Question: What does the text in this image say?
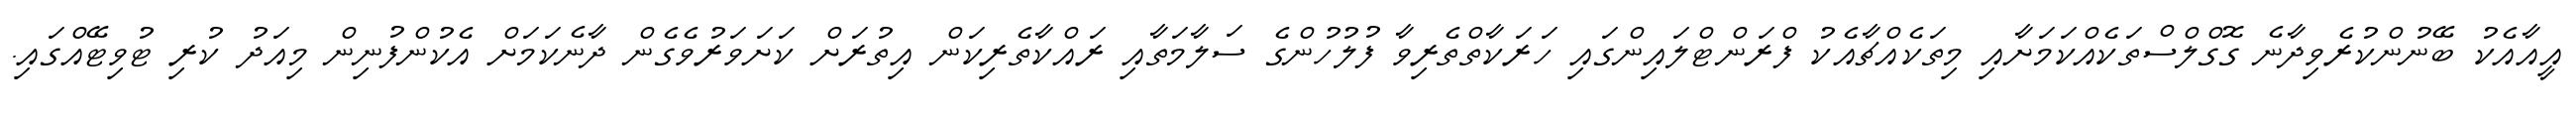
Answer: އީއާއެކު ބޭނުންކުރެވިދާނެ ގޮގްލްސްތަކެއްކަމަށާއި މިތަކެއްޗާއެކު ފްރަންޓްލައިންގައި ހަރަކާތްތެރިވާ ފުލުހުންގެ ސަލާމަތާއި ރައްކާތެރިކަން އިތުރަށް ކަށަވަރުވެގެން ދާނެކަމަށް އެކުންފުނިން މިއަދު ކުރި ޓުވިޓޭއްގައި.